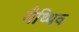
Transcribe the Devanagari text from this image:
मैथ्थिव